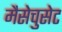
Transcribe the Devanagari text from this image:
मैसेचुसेट